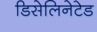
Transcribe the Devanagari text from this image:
डिसेलिनेटेड